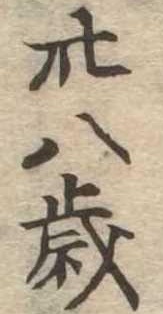
卅八歳